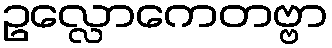
ဥလ္လောကေတဗ္ဗာ